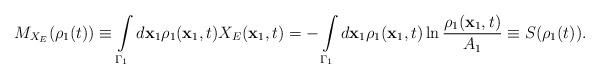
LaTeX: \begin{align*}M_{X_{E}}(\rho _{1}(t))\equiv \int\limits_{\Gamma _{1}}d\mathbf{x}_{1}\rho_{1}(\mathbf{x}_{1},t)X_{E}(\mathbf{x}_{1},t)=-\int\limits_{\Gamma _{1}}d\mathbf{x}_{1}\rho _{1}(\mathbf{x}_{1},t)\ln \frac{\rho _{1}(\mathbf{x}_{1},t)}{A_{1}}\equiv S(\rho _{1}(t)). \end{align*}